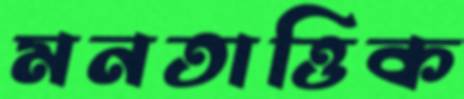
মনতাত্তিক